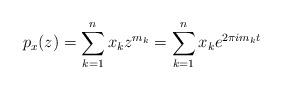
LaTeX: \begin{align*} p_x (z) =\sum\limits_{k=1}^n x_k z^{m_k} =\sum\limits_{k=1}^n x_k e^{2\pi im_k t}\end{align*}